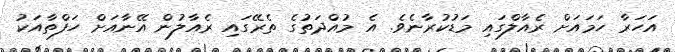
އަހަރާ ހަމައަށް ރެއާލްގައި މަޑުކުރާނެވެ. އެ މުއްދަތުގެ ތެރޭގައި ރެއާލުން އޭނާއަށް ހަފްތާއަކު